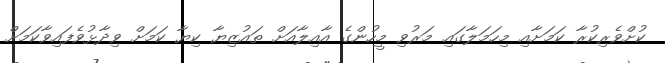
ކުށްވެރިކުރާ ކަމަށާއި މިހަމަލާގައި މަރުވި މީހުންގެ އާއިލާއަށް ތައުޒިޔާ ކިޔާ ކަމަށް ވިދާޅުވެފައިވާކަމަށް